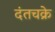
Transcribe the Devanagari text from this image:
दंतचक्रे